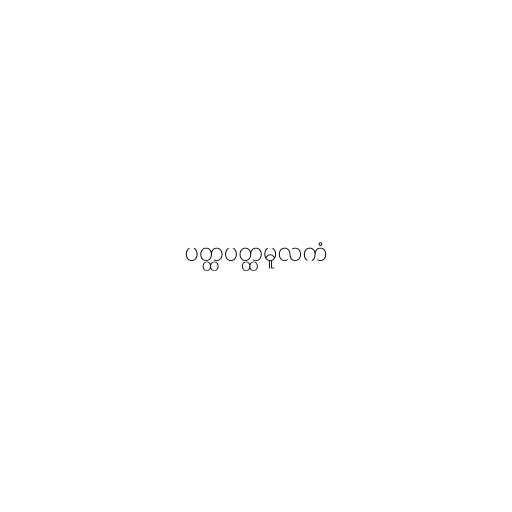
ပတ္ထပတ္ထမူလကံ